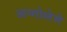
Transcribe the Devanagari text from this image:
अन्गोलेमे